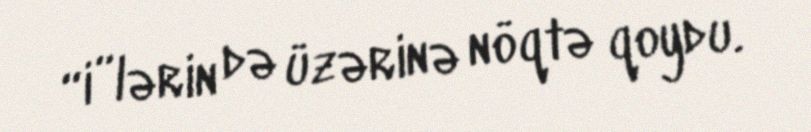
“i”lərin də üzərinə nöqtə qoydu.